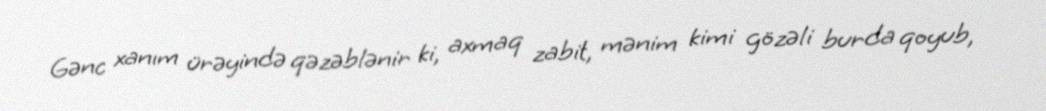
Gənc xanım ürəyində qəzəblənir ki, axmaq zabit, mənim kimi gözəli burda qoyub,